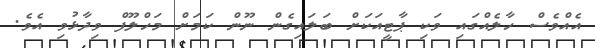
އެއްވެސް ހާލެއްގައި ވަކި ޕާޓީއަކަށް ބަލައިގެން ނޫން ކަމަށް މަހްލޫފް ވިދާޅުވި އެވެ.